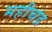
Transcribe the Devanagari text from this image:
महीचंद्र